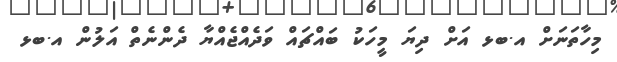
މިހާތަނަށް އ.ބޅ އަށް ދިޔަ މީހަކު ބައްޗައް ވަދެއްޖެއްޔާ ދެންނެތް އަލުން އ.ބޅ